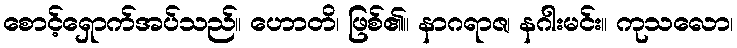
စောင့်ရှောက်အပ်သည်။ ဟောတိ၊ ဖြစ်၏။ နာဂရာဇ၊ နဂါးမင်း။ ကုသလော၊